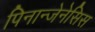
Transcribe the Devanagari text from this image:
पिनान्जेनेसिस